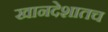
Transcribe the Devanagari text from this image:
खानदेशातच